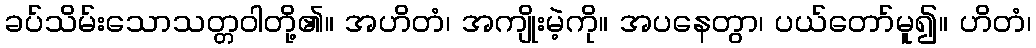
ခပ်သိမ်းသောသတ္တဝါတို့၏။ အဟိတံ၊ အကျိုးမဲ့ကို။ အပနေတွာ၊ ပယ်တော်မူ၍။ ဟိတံ၊